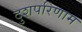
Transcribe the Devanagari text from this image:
दुशपरिणाम